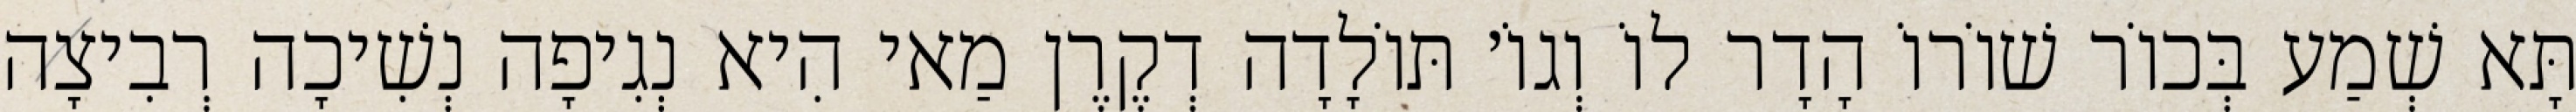
תָּא שְׁמַע בְּכוֹר שׁוֹרוֹ הָדָר לוֹ וְגוֹ׳ תּוֹלָדָה דְקֶרֶן מַאי הִיא נְגִיפָה נְשִׁיכָה רְבִיצָה